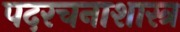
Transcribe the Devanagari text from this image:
पदरचनाशास्त्र